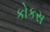
કોકસ